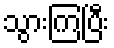
သွားကြပြီး